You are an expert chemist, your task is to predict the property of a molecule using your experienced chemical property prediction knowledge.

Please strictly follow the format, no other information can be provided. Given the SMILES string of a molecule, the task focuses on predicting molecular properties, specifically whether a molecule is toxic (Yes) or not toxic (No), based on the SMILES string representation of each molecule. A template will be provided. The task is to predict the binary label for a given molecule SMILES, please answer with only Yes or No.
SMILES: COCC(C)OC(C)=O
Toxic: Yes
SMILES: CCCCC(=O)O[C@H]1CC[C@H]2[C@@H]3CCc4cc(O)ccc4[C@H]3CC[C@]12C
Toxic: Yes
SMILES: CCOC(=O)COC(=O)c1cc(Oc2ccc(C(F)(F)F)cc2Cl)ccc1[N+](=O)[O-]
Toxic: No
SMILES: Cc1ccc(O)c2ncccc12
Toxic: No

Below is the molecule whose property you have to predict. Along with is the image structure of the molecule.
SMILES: Cc1cn([C@H]2C[C@H](O)[C@@H](CO)O2)c(=O)[nH]c1=O
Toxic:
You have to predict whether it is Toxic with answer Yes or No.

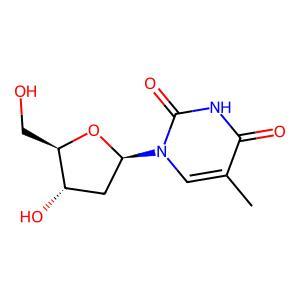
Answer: No